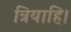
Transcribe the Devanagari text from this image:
त्रियाहि।